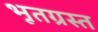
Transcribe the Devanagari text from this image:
भूतग्रस्त